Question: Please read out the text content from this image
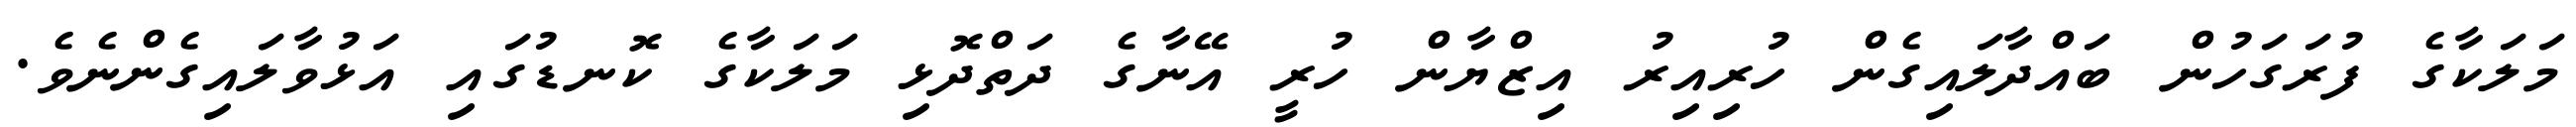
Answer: މަލަކާގެ ފުރަގަހުން ބައްދާލައިގެން ހުރިއިރު އިޒްޔާން ހުރީ އޭނާގެ ދަތްދޮޅި މަލަކާގެ ކޮނޑުގައި އަޅުވާލައިގެންނެވެ.